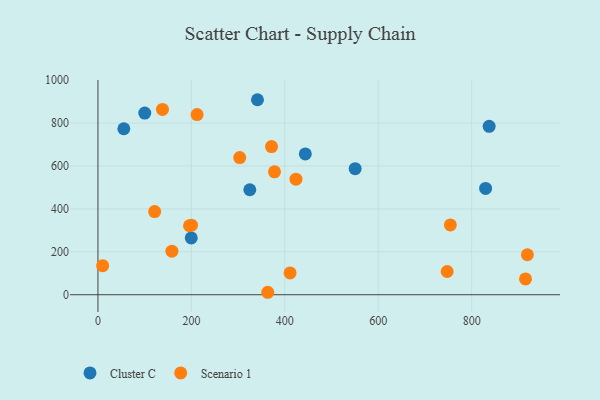
{"axis": {"x": "Engine Size", "y": "Profit"}, "legend": ["Cluster C", "Scenario 1"], "data": [{"x": "199.7", "y": 264.6, "type": "Cluster C"}, {"x": "325.1", "y": 489.1, "type": "Cluster C"}, {"x": "443.9", "y": 656.2, "type": "Cluster C"}, {"x": "341.5", "y": 908.7, "type": "Cluster C"}, {"x": "55.4", "y": 773.5, "type": "Cluster C"}, {"x": "837.5", "y": 784.6, "type": "Cluster C"}, {"x": "100.2", "y": 846.7, "type": "Cluster C"}, {"x": "829.9", "y": 495.2, "type": "Cluster C"}, {"x": "550.6", "y": 587.3, "type": "Cluster C"}, {"x": "919.3", "y": 186.2, "type": "Scenario 1"}, {"x": "754.4", "y": 325.2, "type": "Scenario 1"}, {"x": "10.0", "y": 135.2, "type": "Scenario 1"}, {"x": "423.9", "y": 538.4, "type": "Scenario 1"}, {"x": "212.2", "y": 839.5, "type": "Scenario 1"}, {"x": "371.6", "y": 690.4, "type": "Scenario 1"}, {"x": "138.1", "y": 863.5, "type": "Scenario 1"}, {"x": "121.4", "y": 387.7, "type": "Scenario 1"}, {"x": "158.3", "y": 202.7, "type": "Scenario 1"}, {"x": "200.2", "y": 324.0, "type": "Scenario 1"}, {"x": "196.0", "y": 321.3, "type": "Scenario 1"}, {"x": "303.5", "y": 639.1, "type": "Scenario 1"}, {"x": "378.0", "y": 572.6, "type": "Scenario 1"}, {"x": "747.6", "y": 108.2, "type": "Scenario 1"}, {"x": "915.3", "y": 73.8, "type": "Scenario 1"}, {"x": "363.5", "y": 11.4, "type": "Scenario 1"}, {"x": "411.3", "y": 101.4, "type": "Scenario 1"}]}